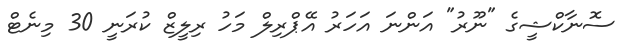
ސޮނާކްޝީގެ "ނޫރު" އަންނަ އަހަރު އޭޕްރިލް މަހު ރިލީޒް ކުރަނީ 30 މިނެޓް